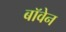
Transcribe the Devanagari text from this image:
बॉवेन